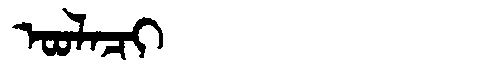
Manchu: ᠣᠣᠯᠠᠴᡳ
Romanization: OOLACI